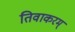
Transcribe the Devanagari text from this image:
तिवाकरम्